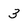
Character: 3